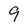
Character: 9